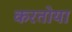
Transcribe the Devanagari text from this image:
करतोया